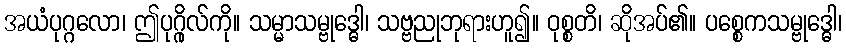
အယံပုဂ္ဂလော၊ ဤပုဂ္ဂိုလ်ကို။ သမ္မာသမ္ဗုဒ္ဓေါ၊ သဗ္ဗညုဘုရားဟူ၍။ ဝုစ္စတိ၊ ဆိုအပ်၏။ ပစ္စေကသမ္ဗုဒ္ဓေါ၊